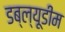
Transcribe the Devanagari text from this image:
डब्ल्यूडीम